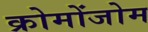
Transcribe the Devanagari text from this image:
क्रोमोंजोम